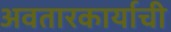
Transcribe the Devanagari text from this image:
अवतारकार्याची